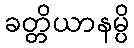
ခတ္တိယာနမ္ပိ